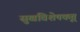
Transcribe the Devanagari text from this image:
सुखविशेषकृत्